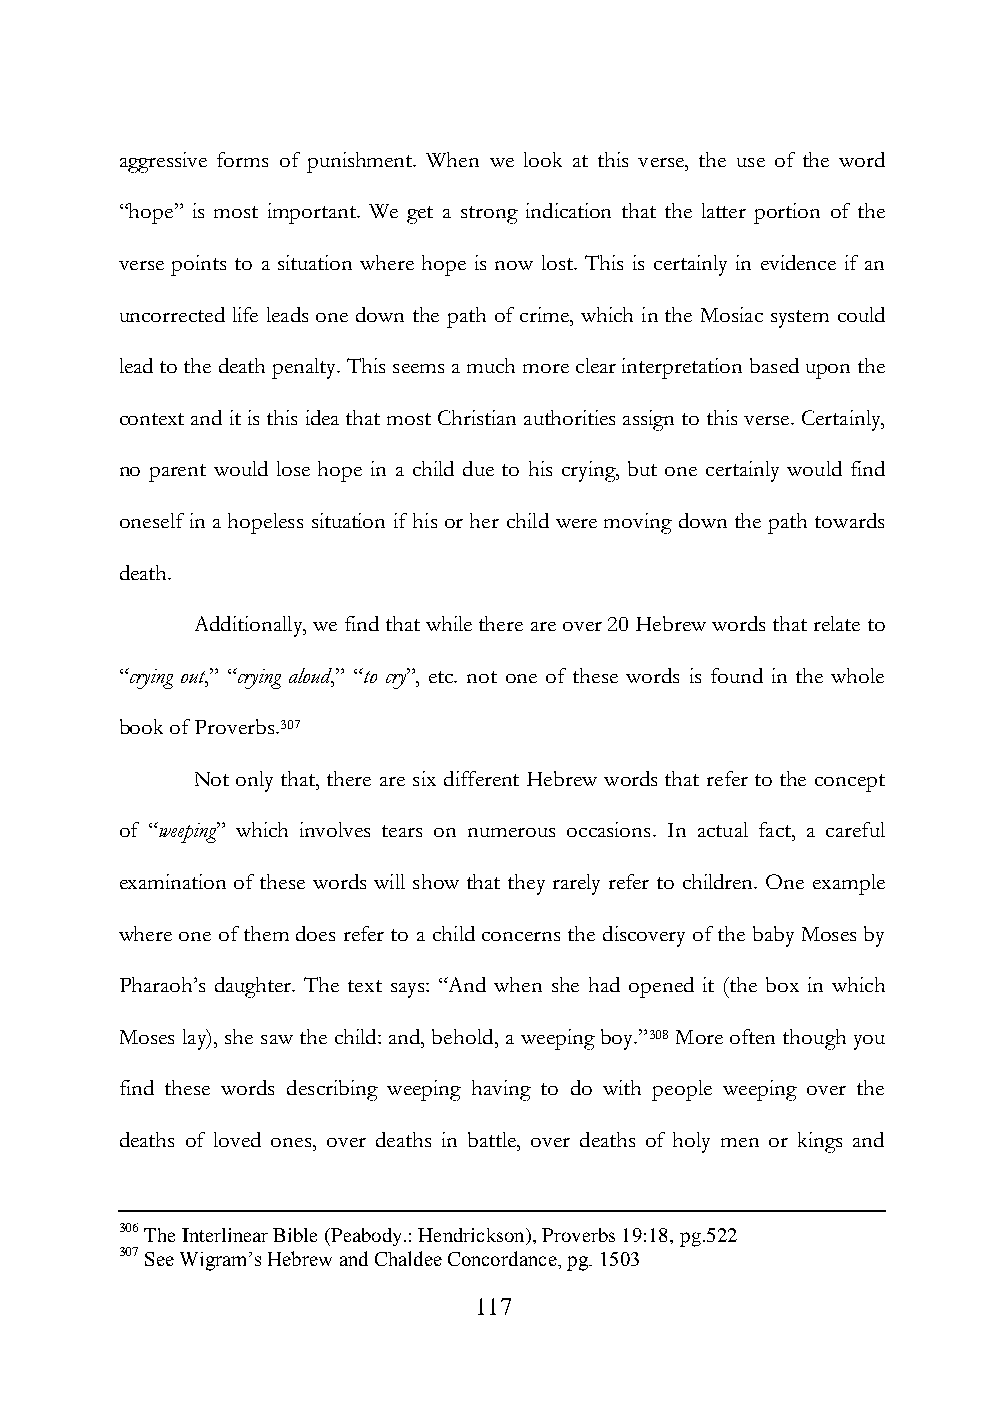
aggressive forms of punishment. When we look at this verse, the use of the word
 “hope” is most important. We get a strong indication that the latter portion of the
 verse points to a situation where hope is now lost. This is certainly in evidence if an
 uncorrected life leads one down the path of crime, which in the Mosiac system could
 lead to the death penalty. This seems a much more clear interpretation based upon the
 context and it is this idea that most Christian authorities assign to this verse. Certainly,
 no parent would lose hope in a child due to his crying, but one certainly would find
 oneself in a hopeless situation if his or her child were moving down the path towards
 death.
 Additionally, we find that while there are over 20 Hebrew words that relate to
 “crying out,” “crying aloud,” “to cry”, etc. not one of these words is found in the whole
 book of Proverbs.307
 Not only that, there are six different Hebrew words that refer to the concept
 of “weeping” which involves tears on numerous occasions. In actual fact, a careful
 examination of these words will show that they rarely refer to children. One example
 where one of them does refer to a child concerns the discovery of the baby Moses by
 Pharaoh‟s daughter. The text says: “And when she had opened it (the box in which
 Moses lay), she saw the child: and, behold, a weeping boy.”308 More often though you
 find these words describing weeping having to do with people weeping over the
 deaths of loved ones, over deaths in battle, over deaths of holy men or kings and
 306 The Interlinear Bible (Peabody.: Hendrickson), Proverbs 19:18, pg.522
 307 See Wigram‟s Hebrew and Chaldee Concordance, pg. 1503
 117